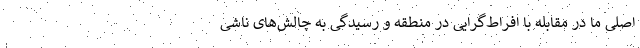
اصلی ما در مقابله با افراط‌گرایی در منطقه و رسیدگی به چالش‌های ناشی